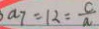
a _ { 7 } = 1 2 = \frac { c } { a }